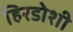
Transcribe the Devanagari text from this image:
हिरडोशी